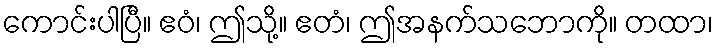
ကောင်းပါပြီ။ ဧဝံ၊ ဤသို့။ ဧတံ၊ ဤအနက်သဘောကို။ တထာ၊